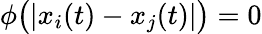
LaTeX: \phi\big(|x_{i}(t)-x_{j}(t)|\big)=0